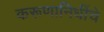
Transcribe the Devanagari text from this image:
करूणानिधींचे